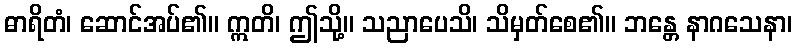
ဓာရိတံ၊ ဆောင်အပ်၏။ ဣတိ၊ ဤသို့။ သညာပေသိ၊ သိမှတ်စေ၏။ ဘန္တေ နာဂသေနာ၊